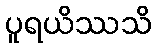
ပူရယိဿသိ